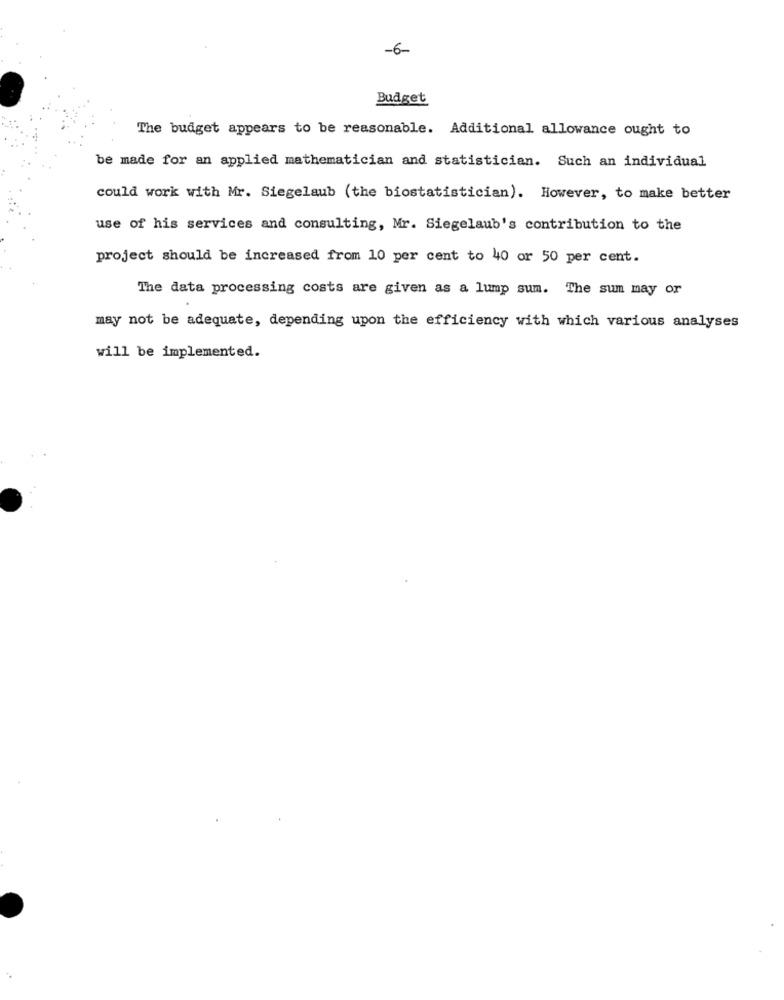
-6-
Budget
The budget appears to be reasonable. Additional allowance ought to
be made for an applied mathematician and statistician. Such an individual
could work with Mr. Siegelaub (the biostatistician). However, to make better
use of his services and consulting, Mr. Siegelaub's contribution to the
project should be increased from 10 per cent to 40 or 50 per cent.
The data processing costs are given as a lump sum. The sum may or
may not be adequate, depending upon the efficiency with which various analyses
will be implemented.